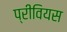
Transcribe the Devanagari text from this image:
प्रीवियस